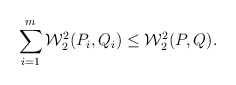
\begin{align*}\sum_{i=1}^m \mathcal{W}_2^2(P_i,Q_i) \le \mathcal{W}_2^2(P,Q).\end{align*}